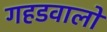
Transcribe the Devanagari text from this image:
गहडवालों